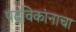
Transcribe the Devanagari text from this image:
पदविकांनाचा